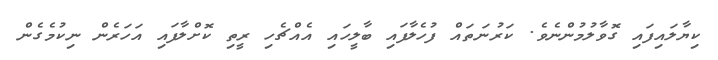
ކިޔާލައިފައި ގޮވާލުމުންނެވެ. ކަރުނަތައް ފުހެލާފައި ބާލީހައި އެއްޗެހި ރީތި ކޮށްލާފައި އަހަރެން ނިކުމެގެން